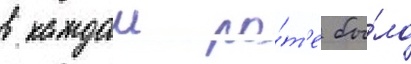
в каждои ро́т'е бы́ло